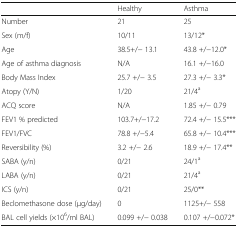
|  | Healthy | Asthma |
 | --- | --- | --- |
 | Number | 21 | 25 |
 | Sex (m/f) | 10/11 | 13/12* |
 | Age | 38.5+/− 13.1 | 43.8 +/−12.0* |
 | Age of asthma diagnosis | N/A | 16.1 +/−16.0 |
 | Body Mass Index | 25.7 +/− 3.5 | 27.3 +/− 3.3* |
 | Atopy (Y/N) | 1/20 | 21/4a |
 | ACQ score | N/A | 1.85 +/− 0.79 |
 | FEV1 % predicted | 103.7+/−17.2 | 72.4 +/− 15.5*** |
 | FEV1/FVC | 78.8 +/−5.4 | 65.8 +/− 10.4*** |
 | Reversibility (%) | 3.2 +/− 2.6 | 18.9 +/− 17.4** |
 | SABA (y/n) | 0/21 | 24/1a |
 | LABA (y/n) | 0/21 | 21/4a |
 | ICS (y/n) | 0/21 | 25/0** |
 | Beclomethasone dose (μg/day) | 0 | 1125+/− 558 |
 | BAL cell yields (×106/ml BAL) | 0.099 +/− 0.038 | 0.107 +/−0.072* |